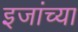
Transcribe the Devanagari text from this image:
इजांच्या